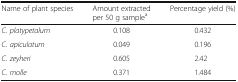
| Name of plant species | Amount extracted per 50 g samplea | Percentage yield (%) |
 | --- | --- | --- |
 | C. platypetalum | 0.108 | 0.432 |
 | C. apiculatum | 0.049 | 0.196 |
 | C. zeyheri | 0.605 | 2.42 |
 | C. molle | 0.371 | 1.484 |